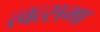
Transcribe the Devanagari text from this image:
त्वत्समा